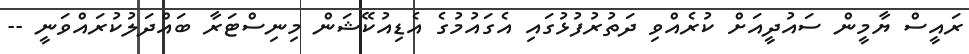
ރައީސް ޔާމީން ސައުދީއަށް ކުރެއްވި ދަތުރުފުޅުގައި އެގައުމުގެ އެޑިއުކޭޝަން މިނިސްޓަރާ ބައްދަލުކުރައްވަނީ --